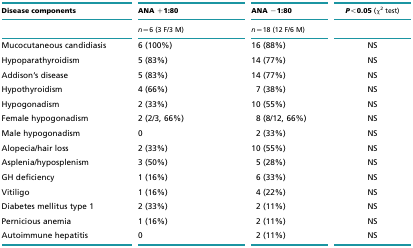
<table><thead><tr><td><b>Disease components</b></td><td><b>ANA +1:80</b></td><td><b>ANA −1:80</b></td><td><b><i>P</i>&lt;0.05 (<i>χ</i><sup>2</sup> test)</b></td></tr><tr><td></td><td><b><i>n</i>=6 (3 F/3 M)</b></td><td><b><i>n</i>=18 (12 F/6 M)</b></td><td></td></tr></thead><tbody><tr><td>Mucocutaneous candidiasis</td><td>6 (100%)</td><td>16 (88%)</td><td>NS</td></tr><tr><td>Hypoparathyroidism</td><td>5 (83%)</td><td>14 (77%)</td><td>NS</td></tr><tr><td>Addison&#x27;s disease</td><td>5 (83%)</td><td>14 (77%)</td><td>NS</td></tr><tr><td>Hypothyroidism</td><td>4 (66%)</td><td>7 (38%)</td><td>NS</td></tr><tr><td>Hypogonadism</td><td>2 (33%)</td><td>10 (55%)</td><td>NS</td></tr><tr><td>Female hypogonadism</td><td>2 (2/3, 66%)</td><td>8 (8/12, 66%)</td><td>NS</td></tr><tr><td>Male hypogonadism</td><td>0</td><td>2 (33%)</td><td>NS</td></tr><tr><td>Alopecia/hair loss</td><td>2 (33%)</td><td>10 (55%)</td><td>NS</td></tr><tr><td>Asplenia/hyposplenism</td><td>3 (50%)</td><td>5 (28%)</td><td>NS</td></tr><tr><td>GH deficiency</td><td>1 (16%)</td><td>6 (33%)</td><td>NS</td></tr><tr><td>Vitiligo</td><td>1 (16%)</td><td>4 (22%)</td><td>NS</td></tr><tr><td>Diabetes mellitus type 1</td><td>2 (33%)</td><td>2 (11%)</td><td>NS</td></tr><tr><td>Pernicious anemia</td><td>1 (16%)</td><td>2 (11%)</td><td>NS</td></tr><tr><td>Autoimmune hepatitis</td><td>0</td><td>2 (11%)</td><td>NS</td></tr></tbody></table>